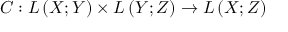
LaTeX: C : L \left( X ; Y \right) \times L \left( Y ; Z \right) \to L \left( X ; Z \right)